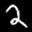
Label: 2